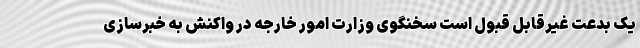
یک بدعت غیرقابل قبول است سخنگوی وزارت امور خارجه در واکنش به خبرسازی